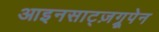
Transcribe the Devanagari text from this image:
आइनसाट्ज़ग्रूपेन